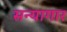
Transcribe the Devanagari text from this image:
सन्यागार